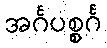
အင်္ဂပစ္စင်္ဂ